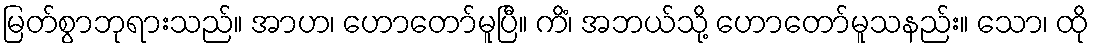
မြတ်စွာဘုရားသည်။ အာဟ၊ ဟောတော်မူပြီ။ ကိံ၊ အဘယ်သို့ ဟောတော်မူသနည်း။ သော၊ ထို